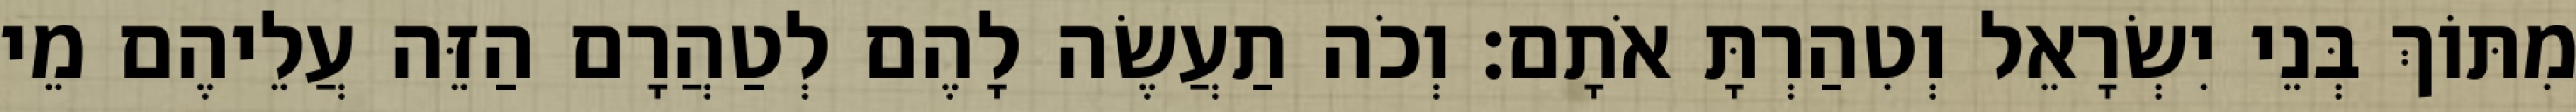
מִתּוֹךְ בְּנֵי יִשְׂרָאֵל וְטִהַרְתָּ אֹתָם׃ וְכֹה תַעֲשֶׂה לָהֶם לְטַהֲרָם הַזֵּה עֲלֵיהֶם מֵי